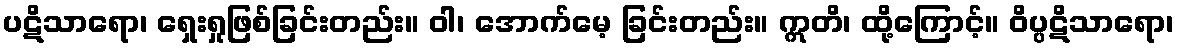
ပဋိသာရော၊ ရှေးရှုဖြစ်ခြင်းတည်း။ ဝါ၊ အောက်မေ့ ခြင်းတည်း။ ဣတိ၊ ထို့ကြောင့်။ ဝိပ္ပဋိသာရော၊